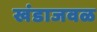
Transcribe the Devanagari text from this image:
खंडाजवळ